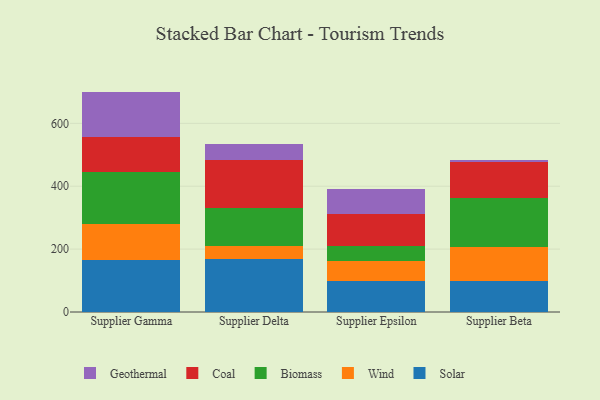
{"axis": {"x": "Supplier", "y": "Market Share (%)"}, "legend": ["Biomass", "Coal", "Geothermal", "Solar", "Wind"], "data": [{"x": "Supplier Gamma", "y": 166.2, "type": "Solar"}, {"x": "Supplier Gamma", "y": 113.1, "type": "Wind"}, {"x": "Supplier Gamma", "y": 164.9, "type": "Biomass"}, {"x": "Supplier Gamma", "y": 111.7, "type": "Coal"}, {"x": "Supplier Gamma", "y": 145.1, "type": "Geothermal"}, {"x": "Supplier Delta", "y": 168.8, "type": "Solar"}, {"x": "Supplier Delta", "y": 41.0, "type": "Wind"}, {"x": "Supplier Delta", "y": 122.1, "type": "Biomass"}, {"x": "Supplier Delta", "y": 151.4, "type": "Coal"}, {"x": "Supplier Delta", "y": 50.3, "type": "Geothermal"}, {"x": "Supplier Epsilon", "y": 99.9, "type": "Solar"}, {"x": "Supplier Epsilon", "y": 62.1, "type": "Wind"}, {"x": "Supplier Epsilon", "y": 49.0, "type": "Biomass"}, {"x": "Supplier Epsilon", "y": 99.5, "type": "Coal"}, {"x": "Supplier Epsilon", "y": 81.6, "type": "Geothermal"}, {"x": "Supplier Beta", "y": 98.9, "type": "Solar"}, {"x": "Supplier Beta", "y": 109.1, "type": "Wind"}, {"x": "Supplier Beta", "y": 154.6, "type": "Biomass"}, {"x": "Supplier Beta", "y": 113.7, "type": "Coal"}, {"x": "Supplier Beta", "y": 8.1, "type": "Geothermal"}]}